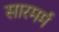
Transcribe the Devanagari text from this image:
सारमर्म